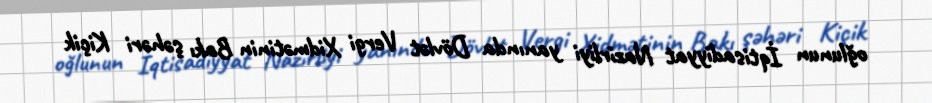
oğlunun İqtisadiyyat Nazirliyi yanında Dövlət Vergi Xidmətinin Bakı şəhəri Kiçik